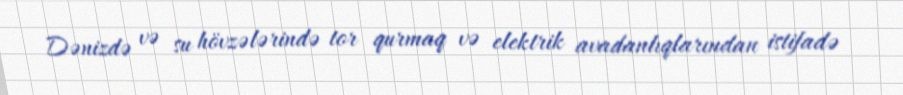
Dənizdə və su hövzələrində tor qurmaq və elektrik avadanlıqlarından istifadə